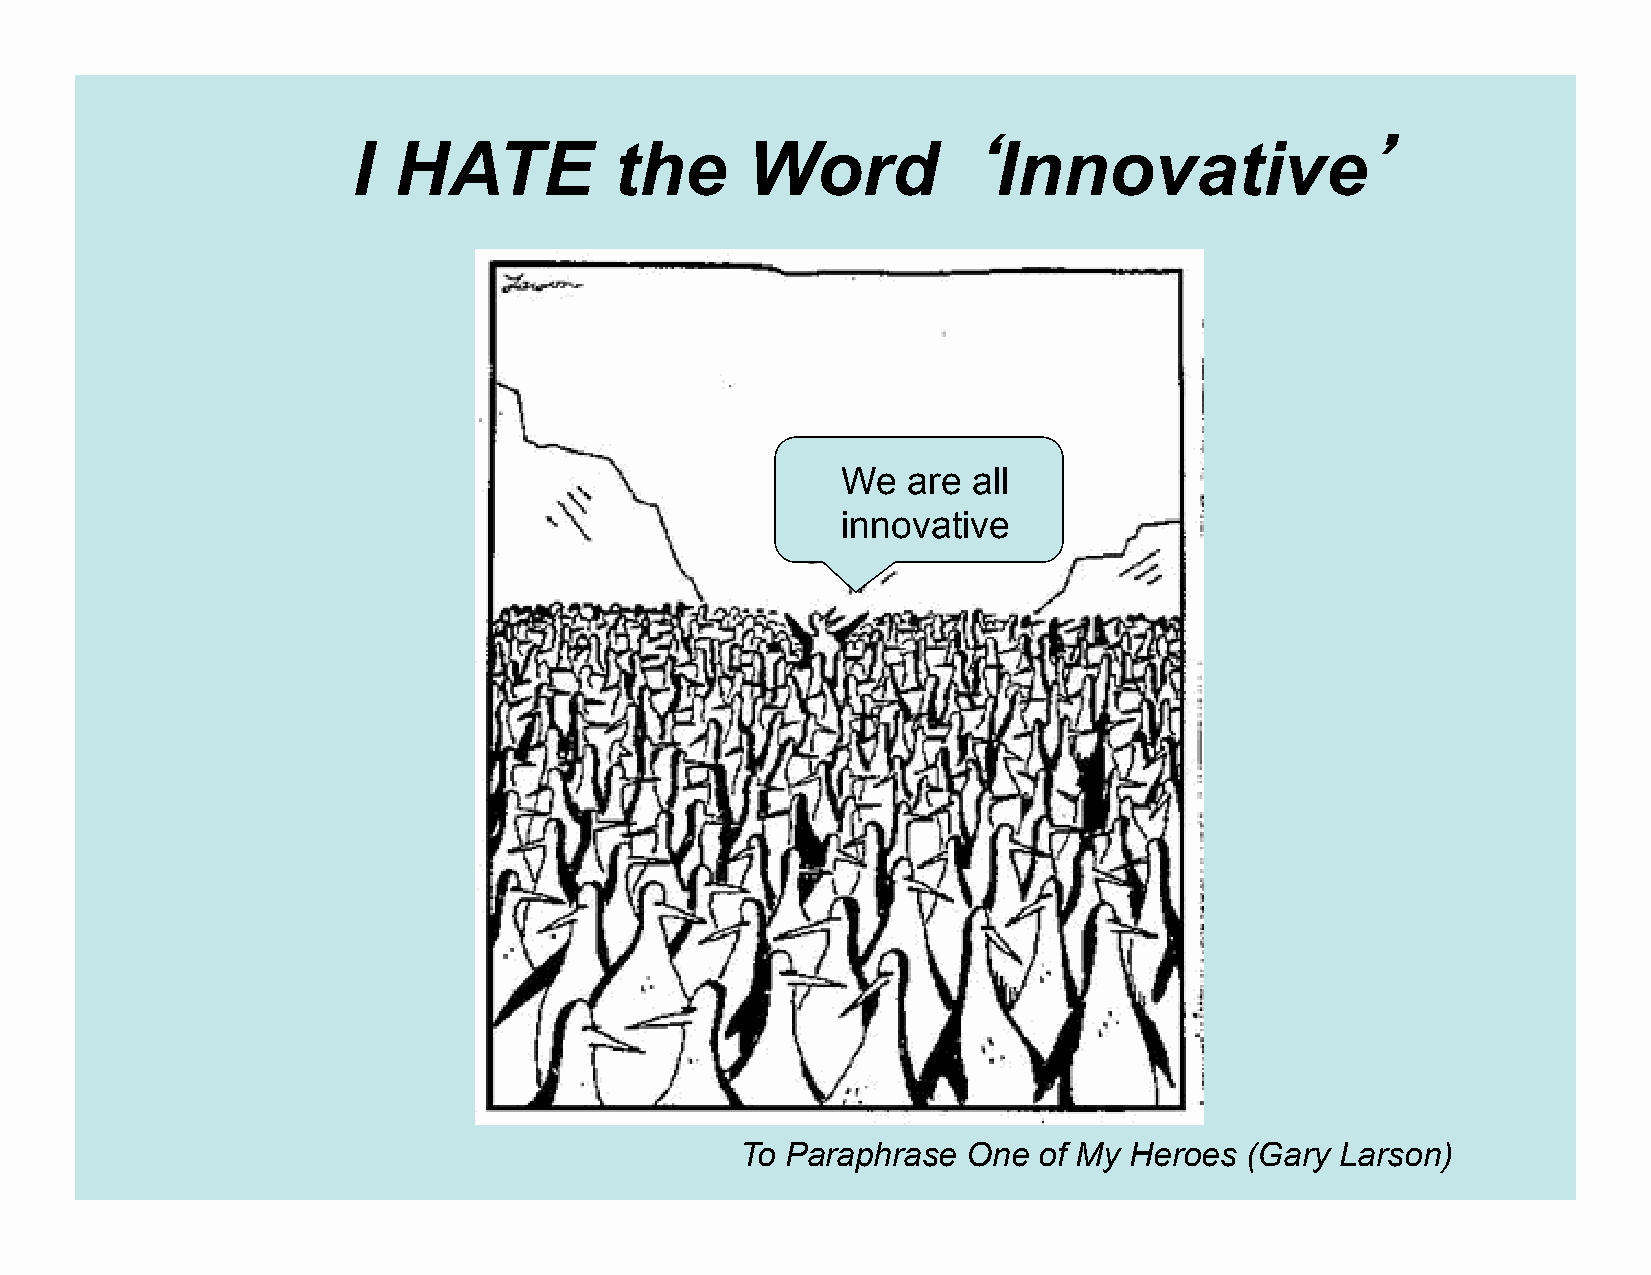
I  HATE           the     Word          ‘Innovative’
 We  are all
 innovative
 To Paraphrase  One  of My Heroes  (Gary Larson)